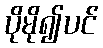
ပိုမို၍ပင်